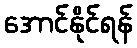
အောင်နိုင်ရန်